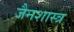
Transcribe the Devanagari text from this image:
जैनशास्त्र